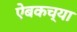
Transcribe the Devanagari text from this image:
ऐबकच्या